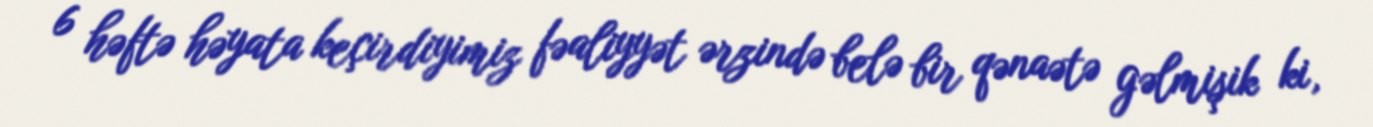
6 həftə həyata keçirdiyimiz fəaliyyət ərzində belə bir qənaətə gəlmişik ki,